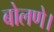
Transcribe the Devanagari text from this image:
बोलणे।